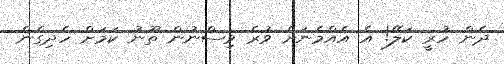
ދެން ހުރީ ކަލޭ! އެ އެއްމެނަށް ވުރެ ވިސްނުން ތޫނު ކަމަށް ހެދިގެން